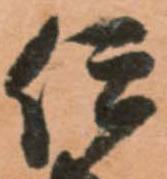
伊